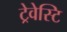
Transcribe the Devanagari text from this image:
ट्रेवेस्टि